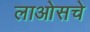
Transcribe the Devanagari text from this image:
लाओसचे